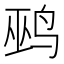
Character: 鹀